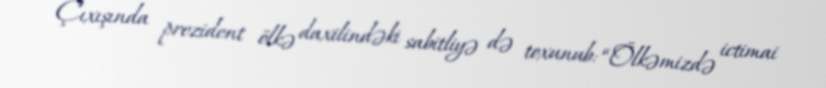
Çıxışında prezident ölkə daxilindəki sabitliyə də toxunub: “Ölkəmizdə ictimai